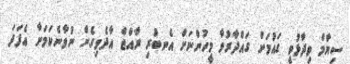
ސިޔާމް ވިދާޅުވީ ގައުމަށް ގައްދާރުވާ މީހުންނަށް އެނބުރި ރާއްޖެ އާދެވިގެން ނުވާނެކަމަށާ އެފަދަ